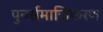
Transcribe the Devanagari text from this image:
पुनर्समाजिकरण